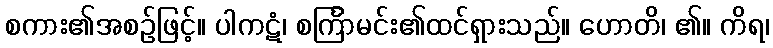
စကား၏အစဉ်ဖြင့်။ ပါကဋံ၊ စင်္ကြာမင်း၏ထင်ရှားသည်။ ဟောတိ၊ ၏။ ကိရ၊